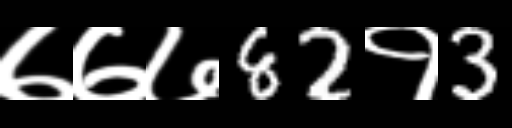
Text: ७७७82१3